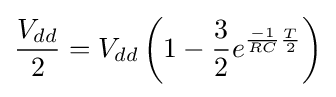
{\frac {V_{dd}}{2}}=V_{dd}\left(1-{\frac {3}{2}}e^{{\frac {-1}{RC}}{\frac {T}{2}}}\right)